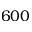
6 0 0